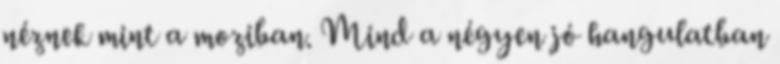
néznek mint a moziban. Mind a négyen jó hangulatban